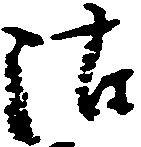
沽